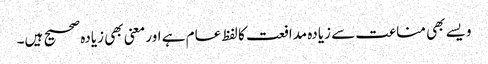
ویسے بھی مناعت سے زیادہ مدافعت کا لفظ عام ہے اور معنی بھی زیادہ صحیح ہیں۔